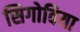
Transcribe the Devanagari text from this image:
सिगोविया